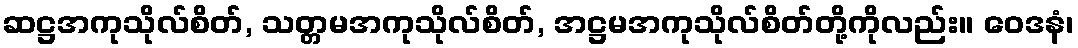
ဆဋ္ဌအကုသိုလ်စိတ်, သတ္တမအကုသိုလ်စိတ်, အဋ္ဌမအကုသိုလ်စိတ်တို့ကိုလည်း။ ဝေဒနံ၊